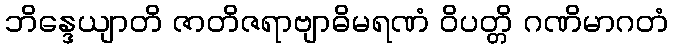
ဘိန္ဒေယျာတိ ဇာတိဇရာဗျာဓိမရဏံ ဝိပတ္တိ ဂဏိမာဂတံ